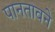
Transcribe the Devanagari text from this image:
पानतावने